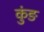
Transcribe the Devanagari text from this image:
कुंङ